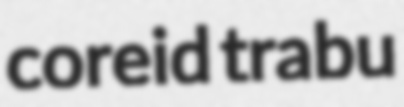
coreid trabu